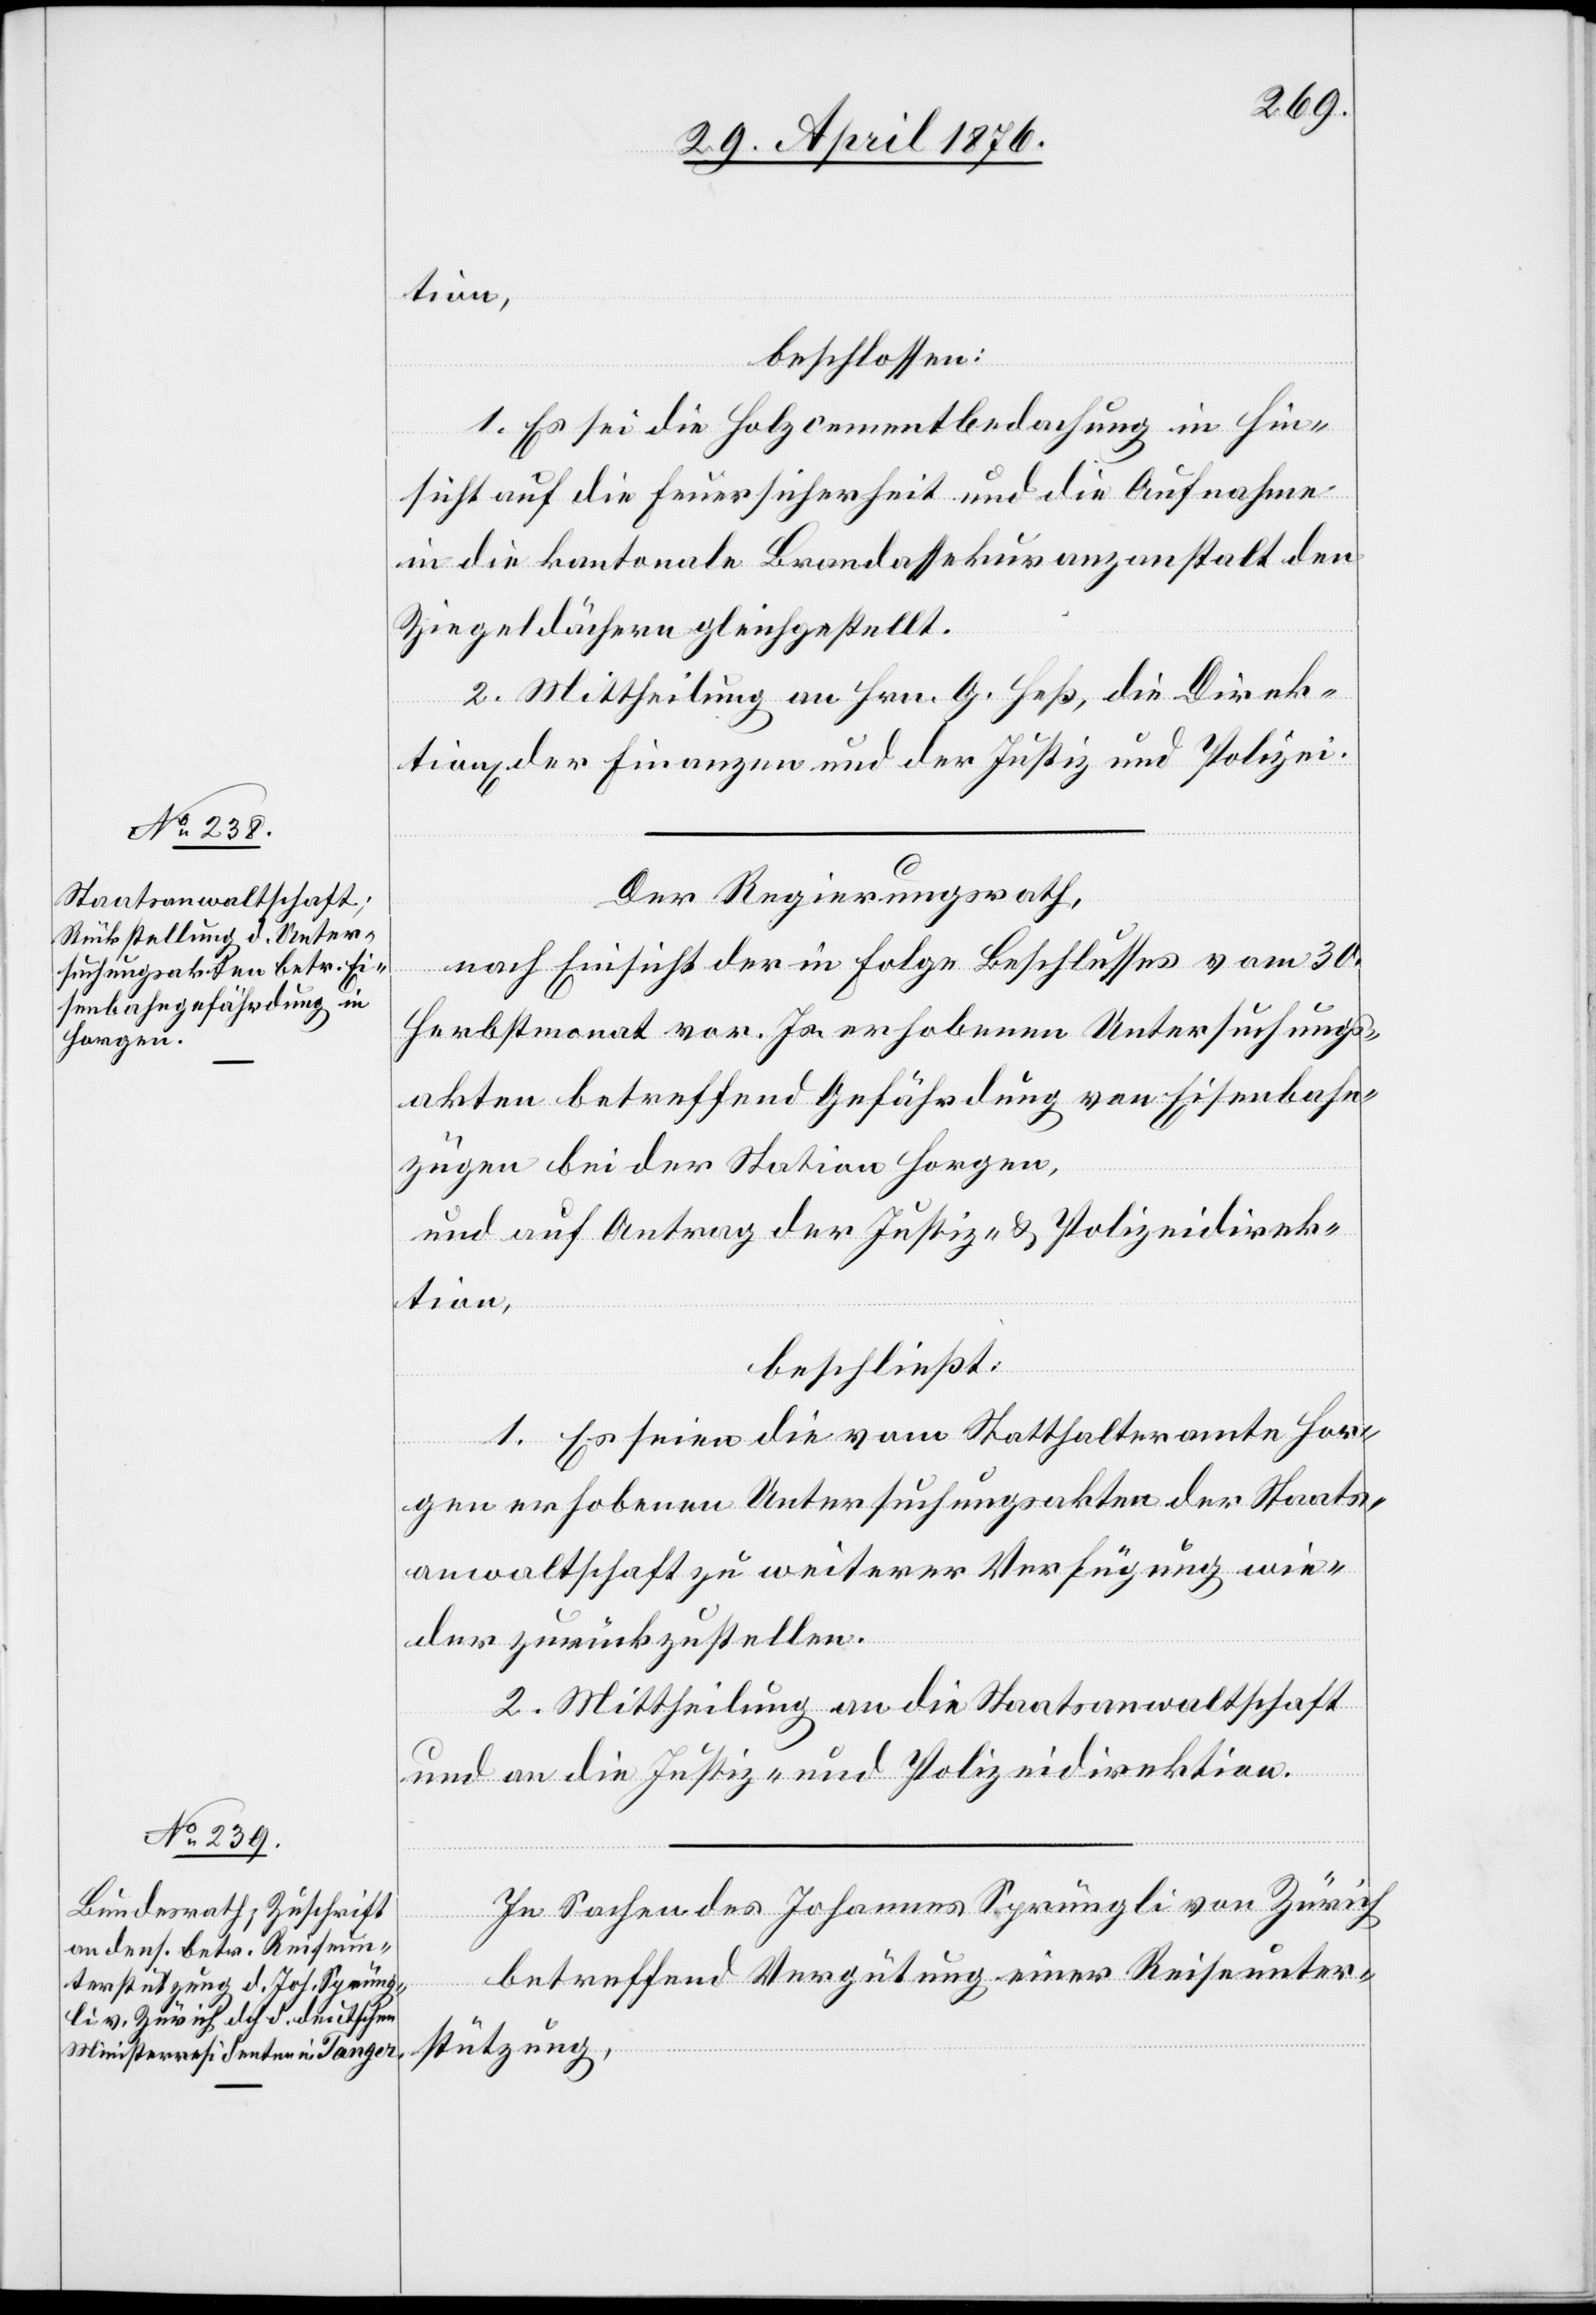
tion,
beschlossen:
1. Es sei die Holzcementbedachung in Hin¬
sicht auf die Feuersicherheit und die Aufnahme
in die kantonale Brandassekuranzanstalt den
Ziegeldächern gleichgestellt,
2. Mittheilung an Hrn. G. Heß, die Direk¬
tionen der Finanzen und der Justiz und Polizei.
Der Regierungsrath,
nach Einsicht der in Folge Beschlusses vom 30.
Herbstmonat vor. Js. erhobenen Untersuchungs¬
akten betreffend Gefährdung von Eisenbahn¬
zügen bei der Station Horgen,
und auf Antrag der Justiz- & Polizeidirek¬
tion,
beschließt:
1. Es seien die vom Statthalteramte Hor¬
gen erhobenen Untersuchungsakten der Staats¬
anwaltschaft zu weiterer Verfügung wie¬
der zurückzustellen.
2. Mittheilung an die Staatsanwaltschaft
und an die Justiz- und Polizeidirektion.
In Sachen des Johannes Sprüngli von Zürich
betreffend Vergütung einer Reiseunter¬
stützung,